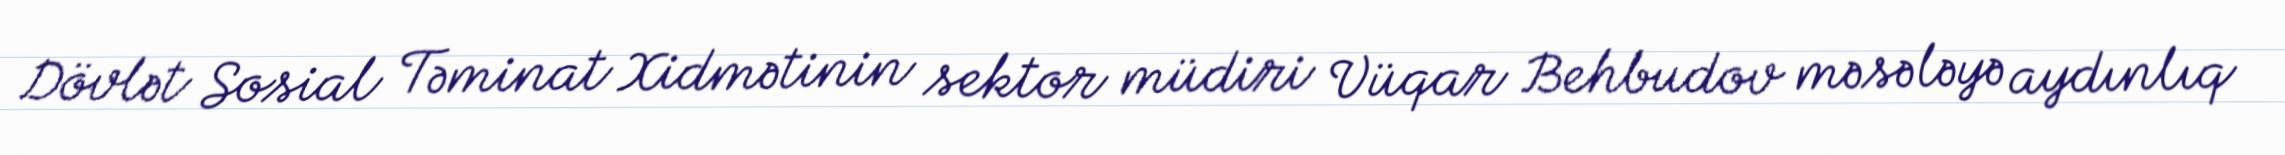
Dövlət Sosial Təminat Xidmətinin sektor müdiri Vüqar Behbudov məsələyə aydınlıq